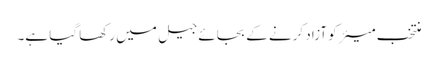
منتخب میئر کو آزاد کرنے کے بجائے جیل میں رکھا گیا ہے۔